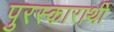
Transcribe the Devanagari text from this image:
पुरस्कारार्थी